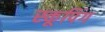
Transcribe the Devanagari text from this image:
स्कूपिंग